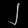
Digit: ၂